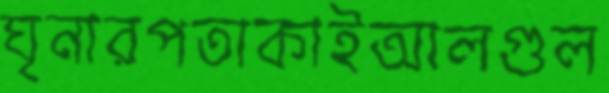
ঘৃনারপতাকাইআলগুল